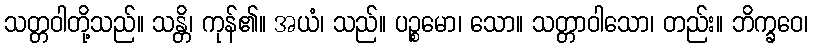
သတ္တဝါတို့သည်။ သန္တိ၊ ကုန်၏။ အယံ၊ သည်။ ပဉ္စမော၊ သော။ သတ္တာဝါသော၊ တည်း။ ဘိက္ခဝေ၊